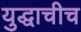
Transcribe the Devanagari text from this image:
युद्धाचीच